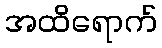
အထိရောက်